Reports on military cantonments and civil stations in the Presidency of Bombay inspected by the Sanitary Commissioner in the years 1875 and 1876
Year: 1875
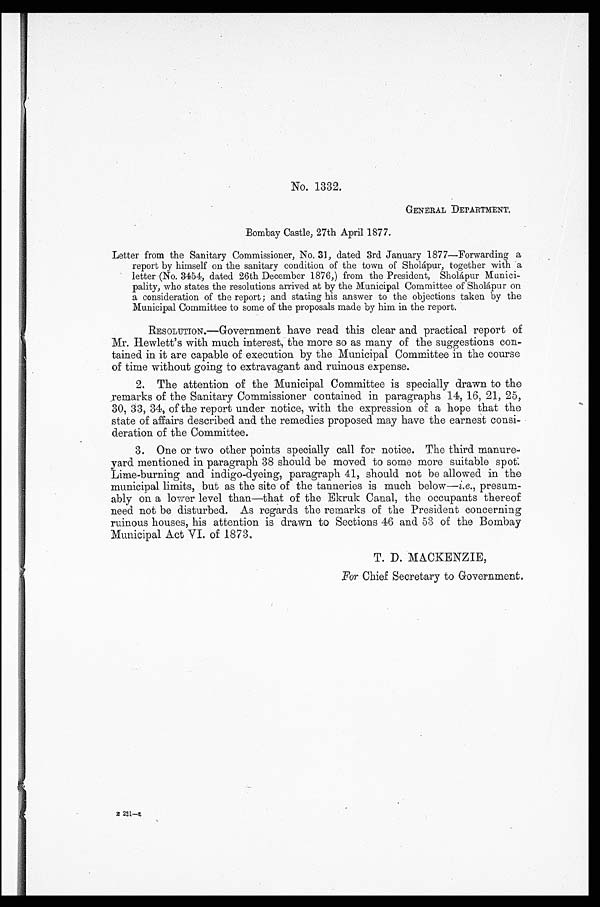
No. 1332.
GENERAL DEPARTMENT.
Bombay Castle, 27th April 1877.
Letter from the Sanitary Commissioner, No. 31, dated 3rd January 1877—Forwarding a
report by himself on the sanitary condition of the town of Sholápur, together with a
letter (No. 3454, dated 26th December 1876,) from the President, Sholápur Munici-
pality, who states the resolutions arrived at by the Municipal Committee of Sholápur
a consideration of the report; and stating his answer to the objections taken by the
Municipal Committee to some of the proposals made by him in the report.
RESOLUTION.—Government have read this clear and practical report of
Mr. Hewlett's with much interest, the more so as many of the suggestions con-
tained in it are capable of execution by the Municipal Committee in the course
of time without going to extravagant and ruinous expense.
2. The attention of the Municipal Committee is specially drawn to the
remarks of the Sanitary Commissioner contained in paragraphs 14, 16, 21, 25,
30, 33, 34, of the report under notice, with the expression of a hope that the
state of affairs described and the remedies proposed may have the earnest consi-
deration of the Committee.
3. One or two other points specially call for notice. The third manure-
yard mentioned in paragraph 38 should be moved to some more suitable spot.
Lime-burning and indigo-dyeing, paragraph 41, should not be allowed in the
municipal limits, but as the site of the tanneries is much below— i.e. , presum-
ably on a lower level than—that of the Ekruk Canal, the occupants thereof
need not be disturbed. As regards the remarks of the President concerning
ruinous houses, his attention is drawn to Sections 46 and 53 of the Bombay
Municipal Act VI. of 1873.
T. D. MACKENZIE,
For Chief Secretary to Government.
B 221—K